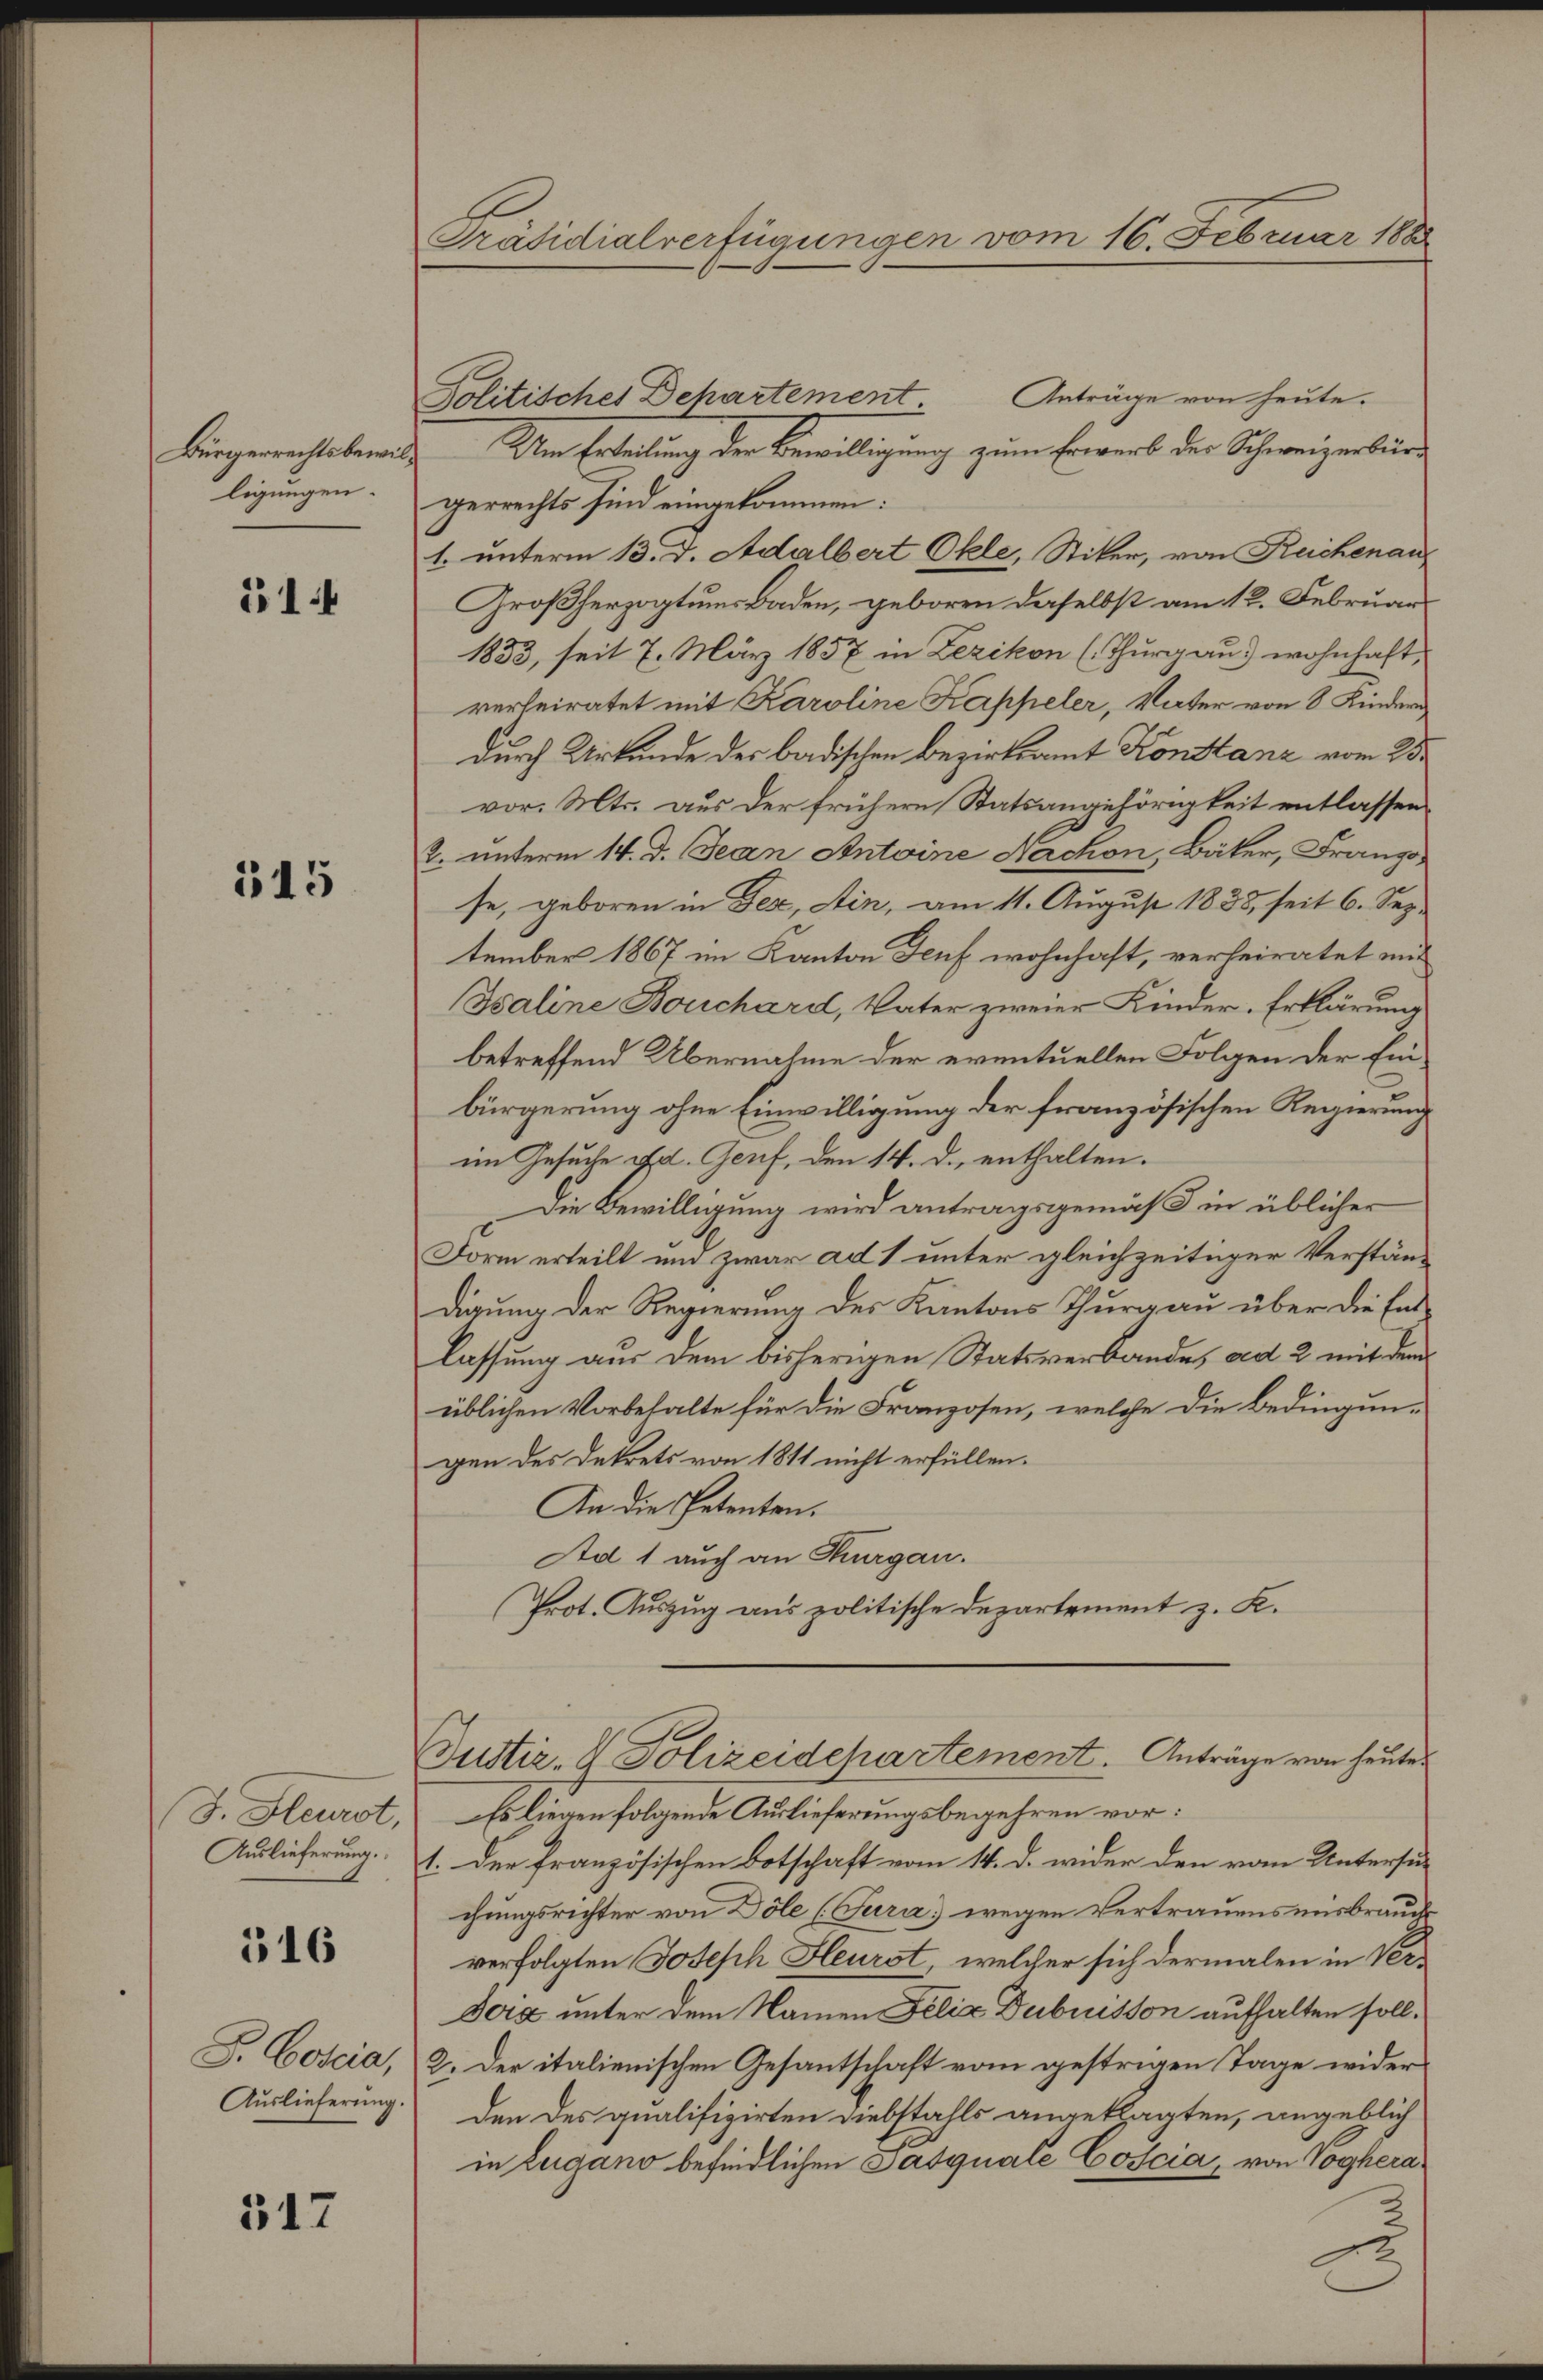
Bürgerrechtsbewilligungen.

51.

515

(J. Heuret,
Auslieferung.
A

516

S. Coscia,
Auslieferung.

517

Präsidialverfügungen vom 16. Februar 1888

Anträge von heute.
Politisches Dehartement
I. Um Erteilung der Bewilligung zum Erwerb der Schweizerbürg
gerrechts sind eingekommen:
1. unterm 13. d. Adalbert Okle, Stiker, von Reichenau
Großherzogtums Baden, geboren daselbst am 12. Februar
1833, seit 7. März 1857 in Lezikon (Thurgau) wohnhaft,
verheiratet mit Karoline Kappeler, Vater von 8 Kinderdurch Urkunde des badischen Bezirksamt Konstanz vom 25.
vor. Mts. aus der frühere Statsangehörigkeit entlassen
2. unterm 14. d. Jean Antoine Nachon, Bäker, Franzo
se, geboren in Fez, Ain, am 11. August 1838, seit 6. September 1867 im Kanton Teuf wohnhaft, verheiratet mit
Isaline Bouchard, Vater zweier Kinder-Erklärung
betreffend Übernahme der eventuellen Folgen der Ein-
bürgerung ohne Einwilligung der französischen Regierung
im Gesuche ist. Genf, den 14. d. enthalten.
Die Bewilligung wird antragsgemäß in üblicher
Form erteilt und zwar ad 1 unter gleichzeitiger Verständigung der Regierung des Kantons Thurgau über die Entlassung aus dem bisherigen Statsverbandes ad 2 mit dem
üblichen Vorbehalte für die Franzosen, welche die Bedingungen des Dekrets von 1811 nicht erfüllen.
An die Petenten.
Ad 1 auch an Thurgau.
Prot. Auszug aus politische Departement z. K.
Justiz- & Polizeidepartement. Anträge von heute
Es liegen folgende Auslieferungsbegehren vor:
1. Der französischen Botschaft vom 14. d. wider den vom Untersuc
chungsrichter von Döle (Tura) wegen Vertrauens ausbrauch
verfolgten Joseph Heurst, welcher sich dermalen in Ver¬
Jora unter dem Namen Felix Dubuisson aufhalten soll.
2. Der italienischen Gesantschaft vom gestrigen Tage wider
den des qualifizirten Diebstahls angeklagten, angeblich
in Lugano befindlichen Pasquale Coscia, von Voghera